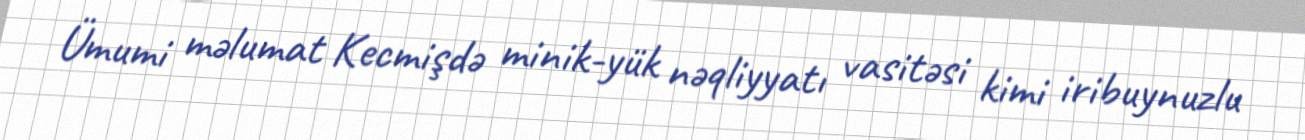
Ümumi məlumat Kecmişdə minik-yük nəqliyyatı vasitəsi kimi iribuynuzlu